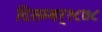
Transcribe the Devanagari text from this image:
दिसम्बर्१८७८